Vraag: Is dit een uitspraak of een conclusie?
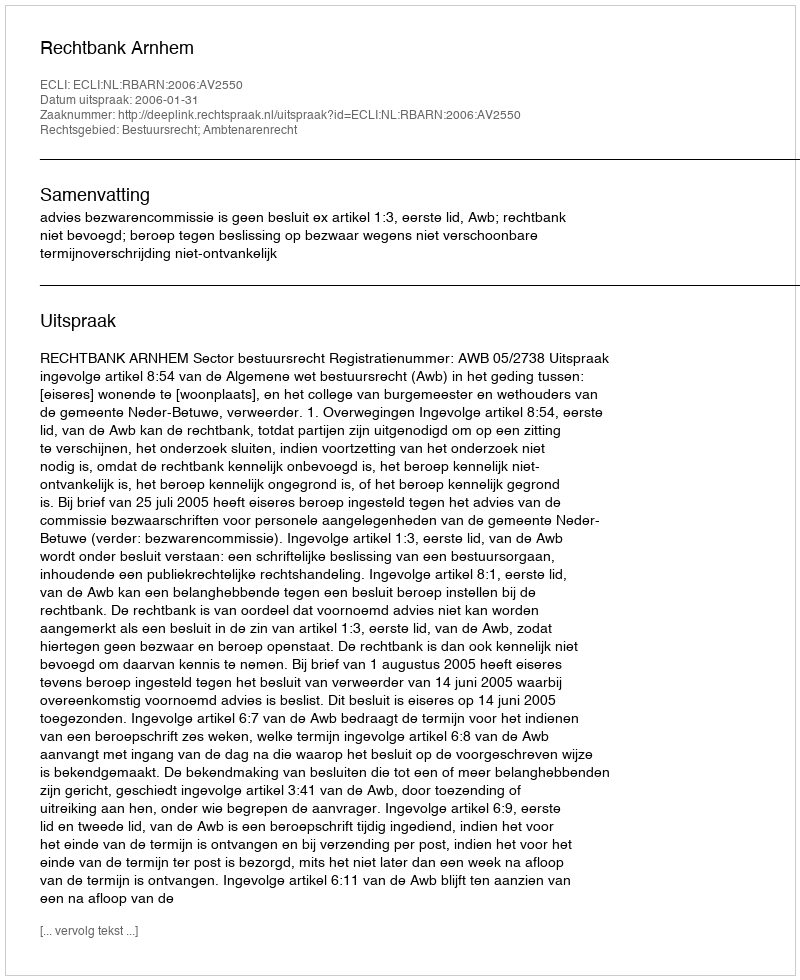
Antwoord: Uitspraak